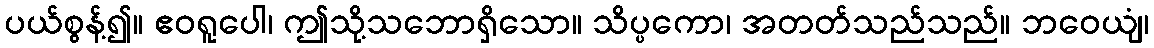
ပယ်စွန့်၍။ ဧဝရူပေါ၊ ဤသို့သဘောရှိသော။ သိပ္ပကော၊ အတတ်သည်သည်။ ဘဝေယျံ၊